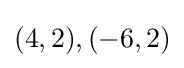
(4,2),(-6,2)